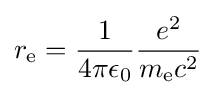
r_{\text{e}}={\frac {1}{4\pi \epsilon _{0}}}{\frac {e^{2}}{m_{\text{e}}c^{2}}}